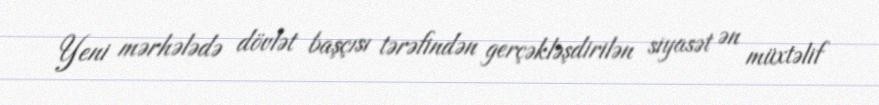
Yeni mərhələdə dövlət başçısı tərəfindən gerçəkləşdirilən siyasət ən müxtəlif